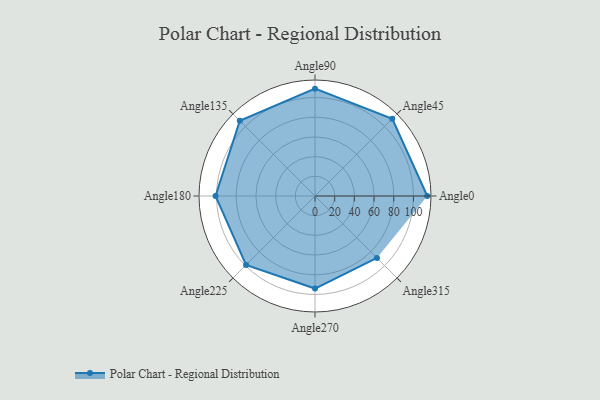
{"axis": {"x": "Angle", "y": "Radius"}, "legend": [""], "data": [{"x": "Angle0", "y": 114.0, "type": ""}, {"x": "Angle45", "y": 111.0, "type": ""}, {"x": "Angle90", "y": 109.0, "type": ""}, {"x": "Angle135", "y": 108.0, "type": ""}, {"x": "Angle180", "y": 101.0, "type": ""}, {"x": "Angle225", "y": 99.0, "type": ""}, {"x": "Angle270", "y": 94.0, "type": ""}, {"x": "Angle315", "y": 89.0, "type": ""}]}